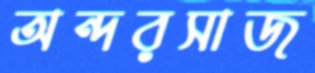
অন্দরসাজ